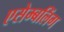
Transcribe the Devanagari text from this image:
एसेम्बलिंग